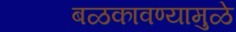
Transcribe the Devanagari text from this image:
बळकावण्यामुळे